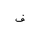
Letter: _fa